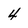
Character: 4